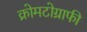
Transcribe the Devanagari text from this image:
क्रोमटोग्राफी